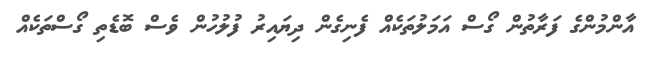
އާންމުންގެ ފަރާތުން ގޯސް އަމަލުތަކެއް ފެނިގެން ދިޔައިރު ފުލުހުން ވެސް ބޮޑެތި ގޯސްތަކެއް